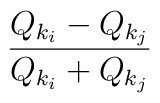
{\frac{Q_{k_i}-Q_{k_j}}{Q_{k_i}+Q_{k_j}}}